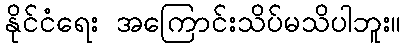
နိုင်ငံရေး အကြောင်းသိပ်မသိပါဘူး။